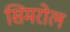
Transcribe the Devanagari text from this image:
सिमरोल